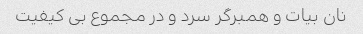
نان بیات و همبرگر سرد و در مجموع بی کیفیت